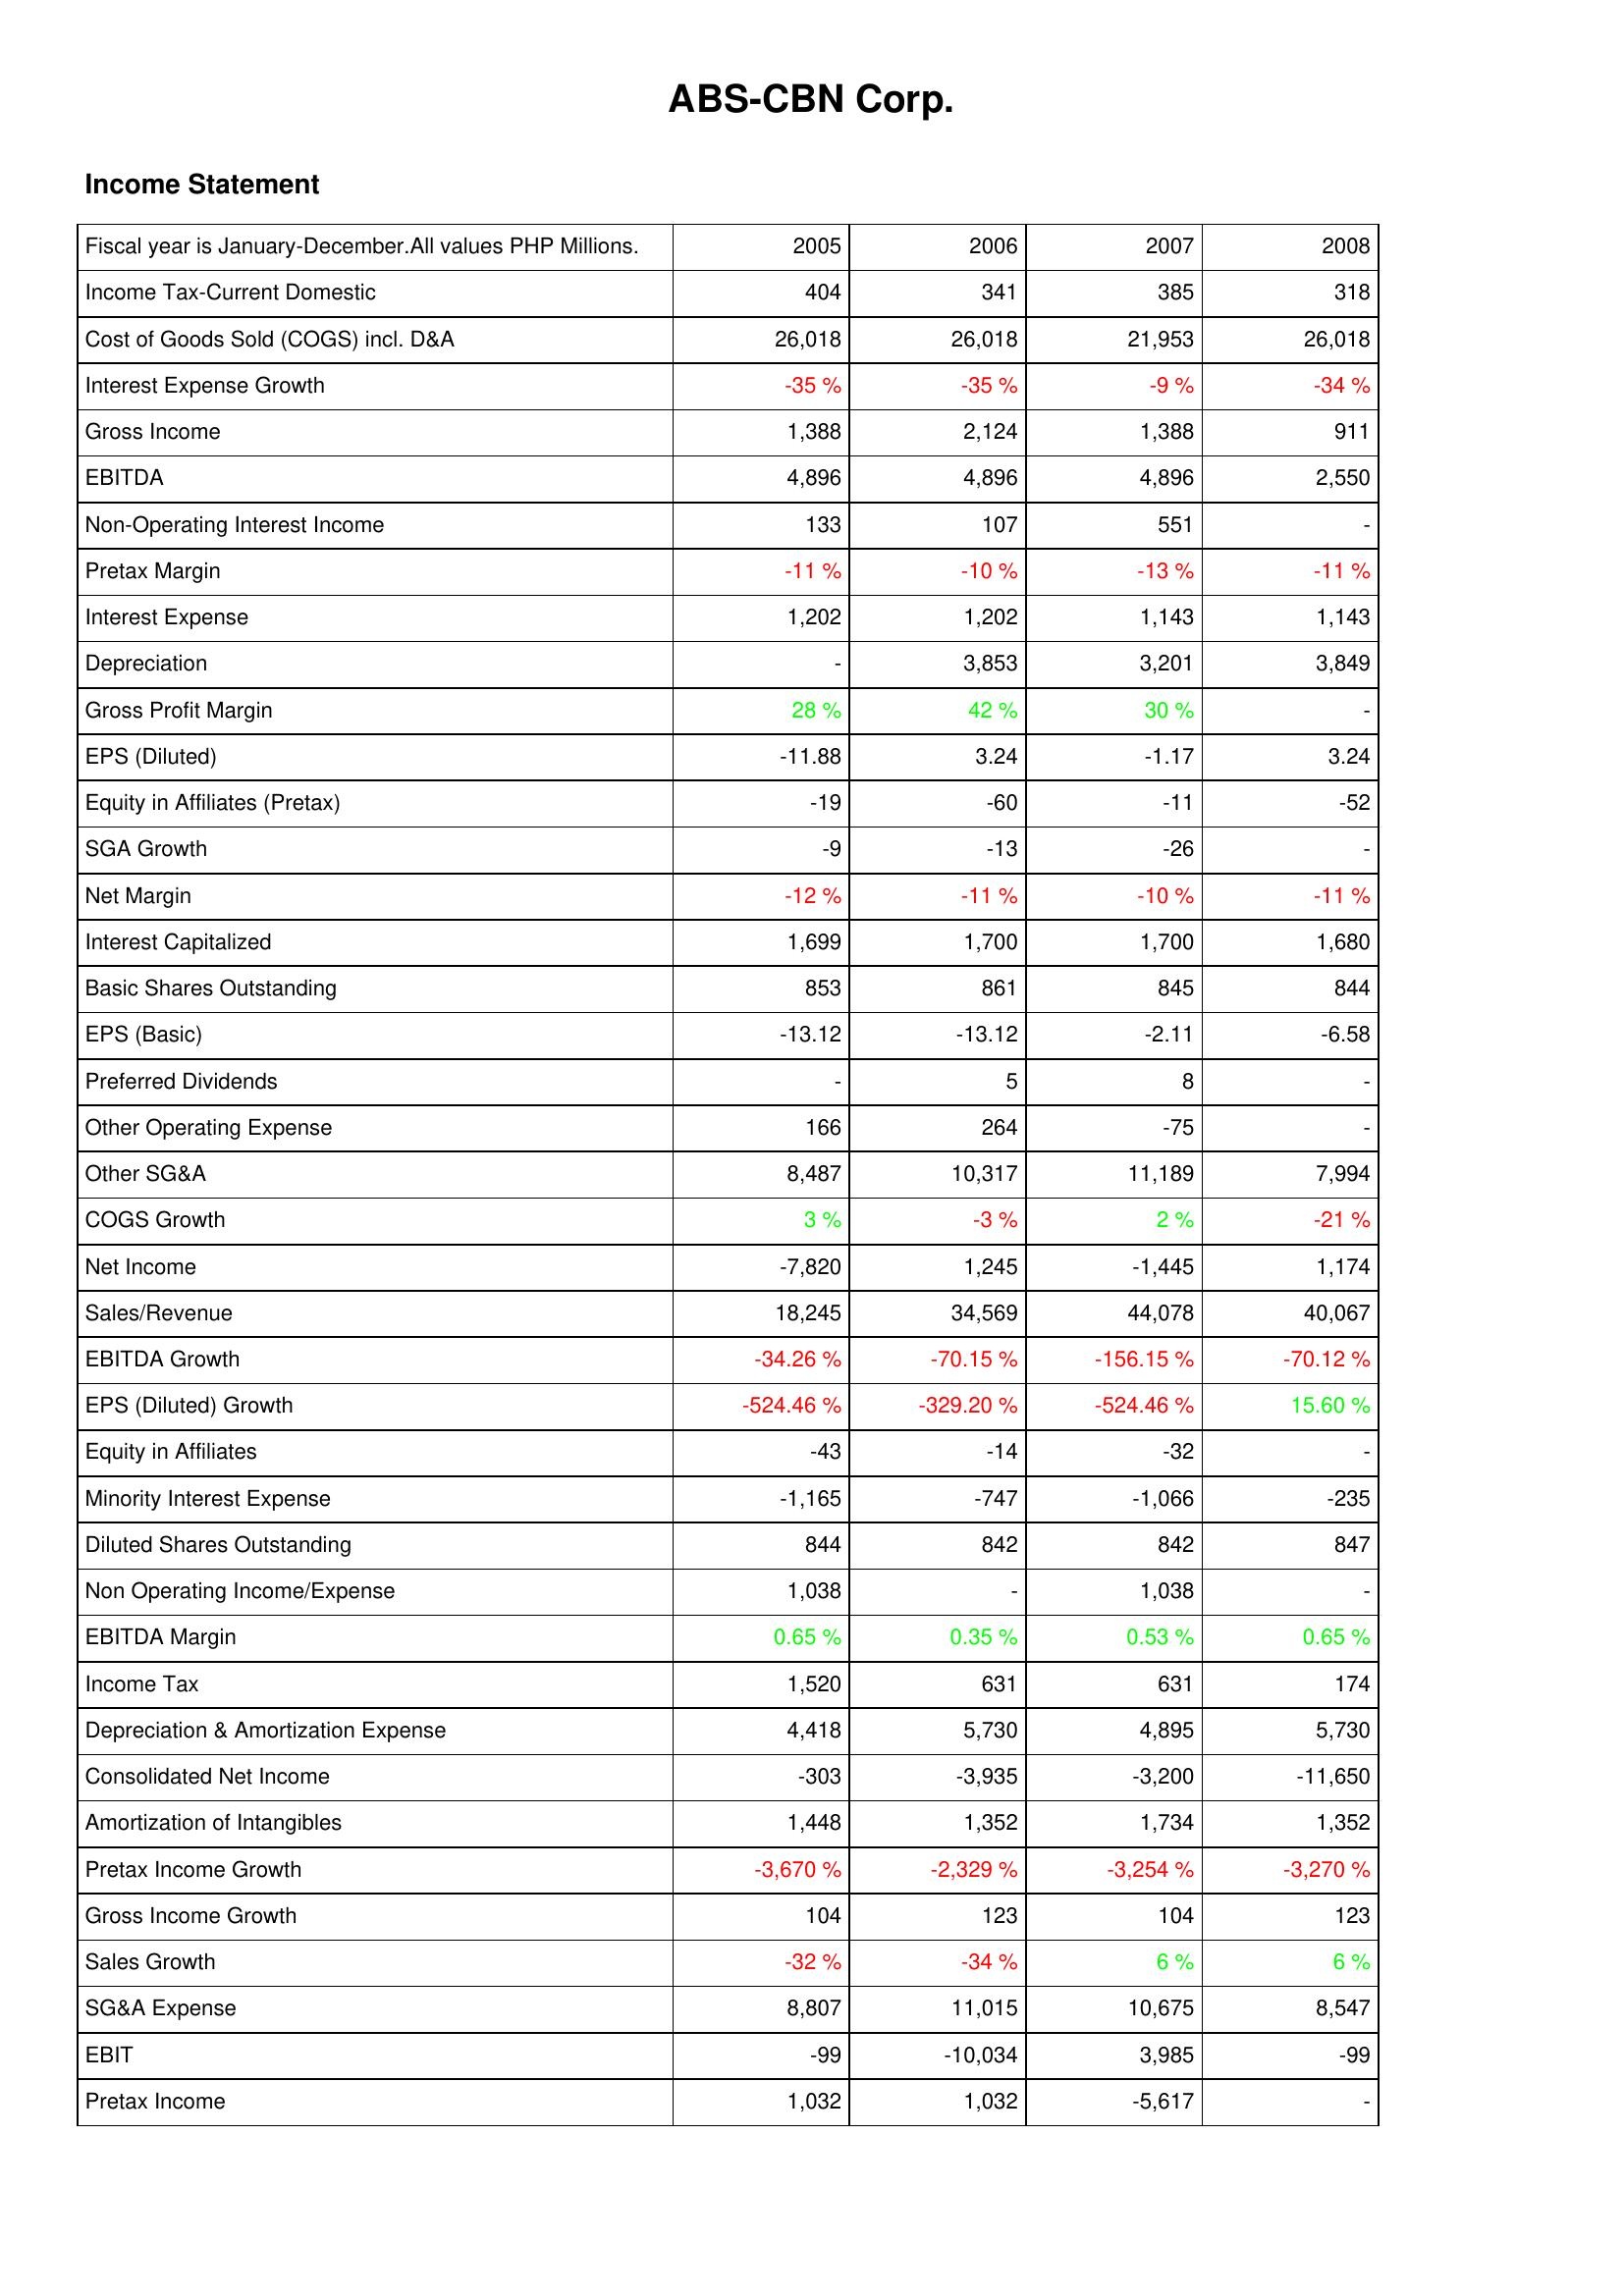
2005: Income Statement: Income Tax-Current Domestic: 404
Cost of Goods Sold (COGS) incl. D&A: 26,018
Interest Expense Growth: -35 %
Gross Income: 1,388
EBITDA: 4,896
Non-Operating Interest Income: 133
Pretax Margin: -11 %
Interest Expense: 1,202
Depreciation: -
Gross Profit Margin: 28 %
EPS (Diluted): -11.88
Equity in Affiliates (Pretax): -19
SGA Growth: -9
Net Margin: -12 %
Interest Capitalized: 1,699
Basic Shares Outstanding: 853
EPS (Basic): -13.12
Preferred Dividends: -
Other Operating Expense: 166
Other SG&A: 8,487
COGS Growth: 3 %
Net Income: -7,820
Sales/Revenue: 18,245
EBITDA Growth: -34.26 %
EPS (Diluted) Growth: -524.46 %
Equity in Affiliates: -43
Minority Interest Expense: -1,165
Diluted Shares Outstanding: 844
Non Operating Income/Expense: 1,038
EBITDA Margin: 0.65 %
Income Tax: 1,520
Depreciation & Amortization Expense: 4,418
Consolidated Net Income: -303
Amortization of Intangibles: 1,448
Pretax Income Growth: -3,670 %
Gross Income Growth: 104
Sales Growth: -32 %
SG&A Expense: 8,807
EBIT: -99
Pretax Income: 1,032
2006: Income Statement: Income Tax-Current Domestic: 341
Cost of Goods Sold (COGS) incl. D&A: 26,018
Interest Expense Growth: -35 %
Gross Income: 2,124
EBITDA: 4,896
Non-Operating Interest Income: 107
Pretax Margin: -10 %
Interest Expense: 1,202
Depreciation: 3,853
Gross Profit Margin: 42 %
EPS (Diluted): 3.24
Equity in Affiliates (Pretax): -60
SGA Growth: -13
Net Margin: -11 %
Interest Capitalized: 1,700
Basic Shares Outstanding: 861
EPS (Basic): -13.12
Preferred Dividends: 5
Other Operating Expense: 264
Other SG&A: 10,317
COGS Growth: -3 %
Net Income: 1,245
Sales/Revenue: 34,569
EBITDA Growth: -70.15 %
EPS (Diluted) Growth: -329.20 %
Equity in Affiliates: -14
Minority Interest Expense: -747
Diluted Shares Outstanding: 842
Non Operating Income/Expense: -
EBITDA Margin: 0.35 %
Income Tax: 631
Depreciation & Amortization Expense: 5,730
Consolidated Net Income: -3,935
Amortization of Intangibles: 1,352
Pretax Income Growth: -2,329 %
Gross Income Growth: 123
Sales Growth: -34 %
SG&A Expense: 11,015
EBIT: -10,034
Pretax Income: 1,032
2007: Income Statement: Income Tax-Current Domestic: 385
Cost of Goods Sold (COGS) incl. D&A: 21,953
Interest Expense Growth: -9 %
Gross Income: 1,388
EBITDA: 4,896
Non-Operating Interest Income: 551
Pretax Margin: -13 %
Interest Expense: 1,143
Depreciation: 3,201
Gross Profit Margin: 30 %
EPS (Diluted): -1.17
Equity in Affiliates (Pretax): -11
SGA Growth: -26
Net Margin: -10 %
Interest Capitalized: 1,700
Basic Shares Outstanding: 845
EPS (Basic): -2.11
Preferred Dividends: 8
Other Operating Expense: -75
Other SG&A: 11,189
COGS Growth: 2 %
Net Income: -1,445
Sales/Revenue: 44,078
EBITDA Growth: -156.15 %
EPS (Diluted) Growth: -524.46 %
Equity in Affiliates: -32
Minority Interest Expense: -1,066
Diluted Shares Outstanding: 842
Non Operating Income/Expense: 1,038
EBITDA Margin: 0.53 %
Income Tax: 631
Depreciation & Amortization Expense: 4,895
Consolidated Net Income: -3,200
Amortization of Intangibles: 1,734
Pretax Income Growth: -3,254 %
Gross Income Growth: 104
Sales Growth: 6 %
SG&A Expense: 10,675
EBIT: 3,985
Pretax Income: -5,617
2008: Income Statement: Income Tax-Current Domestic: 318
Cost of Goods Sold (COGS) incl. D&A: 26,018
Interest Expense Growth: -34 %
Gross Income: 911
EBITDA: 2,550
Non-Operating Interest Income: -
Pretax Margin: -11 %
Interest Expense: 1,143
Depreciation: 3,849
Gross Profit Margin: -
EPS (Diluted): 3.24
Equity in Affiliates (Pretax): -52
SGA Growth: -
Net Margin: -11 %
Interest Capitalized: 1,680
Basic Shares Outstanding: 844
EPS (Basic): -6.58
Preferred Dividends: -
Other Operating Expense: -
Other SG&A: 7,994
COGS Growth: -21 %
Net Income: 1,174
Sales/Revenue: 40,067
EBITDA Growth: -70.12 %
EPS (Diluted) Growth: 15.60 %
Equity in Affiliates: -
Minority Interest Expense: -235
Diluted Shares Outstanding: 847
Non Operating Income/Expense: -
EBITDA Margin: 0.65 %
Income Tax: 174
Depreciation & Amortization Expense: 5,730
Consolidated Net Income: -11,650
Amortization of Intangibles: 1,352
Pretax Income Growth: -3,270 %
Gross Income Growth: 123
Sales Growth: 6 %
SG&A Expense: 8,547
EBIT: -99
Pretax Income: -